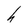
Character: h